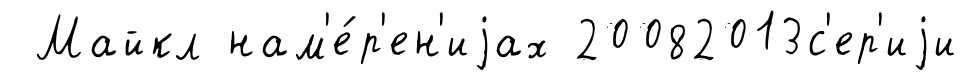
Майкл нам'е́р'ен'иjах 20082013с'ер'иjи